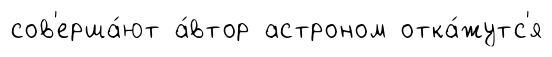
сов'ерша́ют а́втор астроном отка́жутс'я